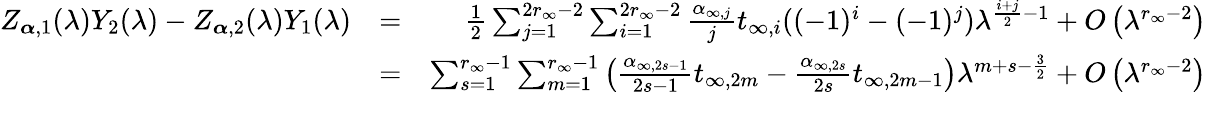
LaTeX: \begin{array}{rlr}{Z_{\boldsymbol{\alpha},1}(\lambda)Y_{2}(\lambda)-Z_{\boldsymbol{\alpha},2}(\lambda)Y_{1}(\lambda)}&{=}&{\frac{1}{2}\sum_{j=1}^{2r_{\infty}-2}\sum_{i=1}^{2r_{\infty}-2}\frac{\alpha_{\infty,j}}{j}t_{\infty,i}((-1)^{i}-(-1)^{j})\lambda^{\frac{i+j}{2}-1}+O\left(\lambda^{r_{\infty}-2}\right)}\\ &{=}&{\sum_{s=1}^{r_{\infty}-1}\sum_{m=1}^{r_{\infty}-1}\left(\frac{\alpha_{\infty,2s-1}}{2s-1}t_{\infty,2m}-\frac{\alpha_{\infty,2s}}{2s}t_{\infty,2m-1}\right)\lambda^{m+s-\frac{3}{2}}+O\left(\lambda^{r_{\infty}-2}\right)}\\ &{}&\end{array}